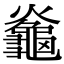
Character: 𪚯